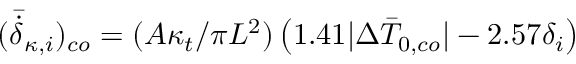
( \bar { \dot { \delta } } _ { \kappa , i } ) _ { c o } = ( A \kappa _ { t } / \pi L ^ { 2 } ) \left( 1 . 4 1 | \Delta \bar { T } _ { 0 , c o } | - 2 . 5 7 \delta _ { i } \right)